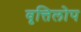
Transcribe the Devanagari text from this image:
वृत्तिलोप